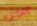
لجزء